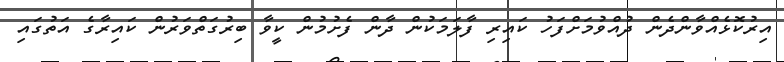
އިރުކޮޅެއްވާންދެން ދުއްވުމަށްފަހު ކައިރި ފާލަމަކުން ދާން ފެށުމުން ކީވާ ބިރުގަތްވަރުން ކައިރާގެ އަތުގައި